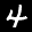
Label: 4